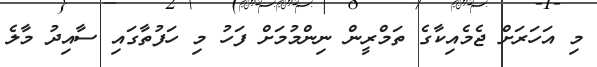
މި އަހަރަށް ޖެމެއިކާގެ ތަމްރީން ނިންމުމަށް ފަހު މި ހަފުތާގައި ސާއިދު މާލެ